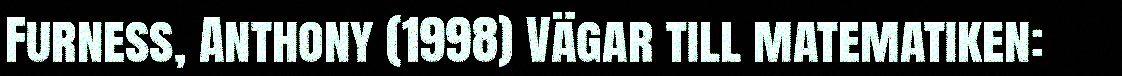
Furness, Anthony (1998) Vägar till matematiken: